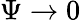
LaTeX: \Psi\rightarrow 0